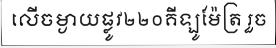
លើចម្ងាយផ្លូវ២២០គីឡូម៉ែត្រ រួច